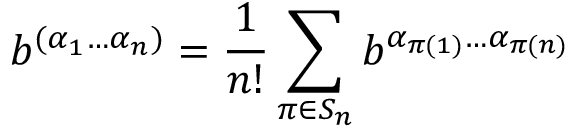
b ^ { ( \alpha _ { 1 } \ldots \alpha _ { n } ) } = \frac { 1 } { n ! } \sum _ { \pi \in S _ { n } } b ^ { \alpha _ { \pi ( 1 ) } \ldots \alpha _ { \pi ( n ) } }